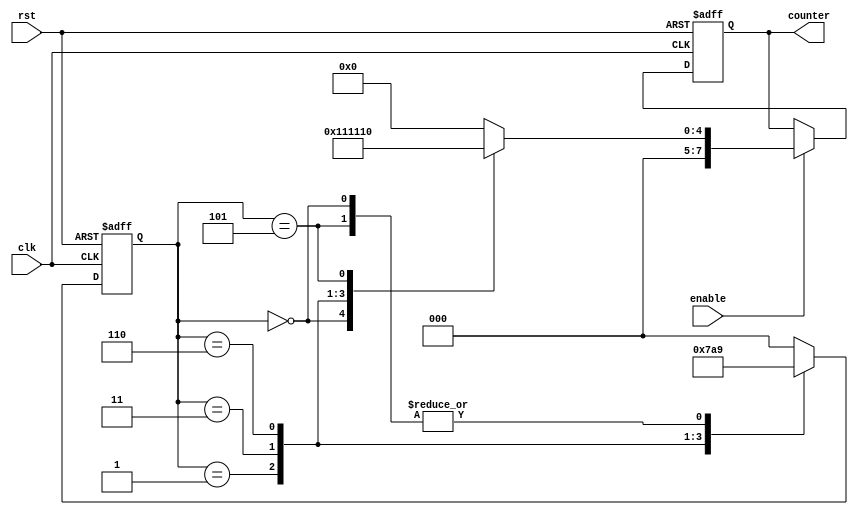
module johnson_counter_clock_divider (
    input wire clk,           // System clock input
    input wire rst,           // Reset signal input
    input wire enable,        // Enable signal input
    output reg [7:0] counter  // Johnson counter output
);

reg [2:0] state = 3'b000;    // State variable for Johnson counter

always @ (posedge clk or posedge rst) begin
    if (rst) begin
        state <= 3'b000;     // Reset state to initial value
    end else begin
        case (state)
            3'b000: state <= 3'b001;
            3'b001: state <= 3'b011;
            3'b011: state <= 3'b110;
            3'b110: state <= 3'b101;
            3'b101: state <= 3'b001;
            default: state <= 3'b000;
        endcase
    end
end

always @ (posedge clk or posedge rst) begin
    if (rst) begin
        counter <= 8'b00000000;     // Reset counter value
    end else begin
        if (enable) begin
            case (state)
                3'b000: counter <= 8'b00000001;
                3'b001: counter <= 8'b00000010;
                3'b011: counter <= 8'b00000100;
                3'b110: counter <= 8'b00001000;
                3'b101: counter <= 8'b00010000;
                default: counter <= 8'b00000000;
            endcase
        end
    end
end

endmodule